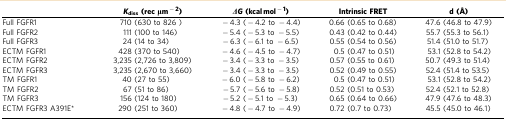
<table><thead><tr><td><b> </b></td><td><b><i>K</i><sub>diss</sub>(rec μm<sup>−2</sup>)</b></td><td><b><i>ΔG</i>(kcal mol<sup>−1</sup>)</b></td><td><b>Intrinsic FRET</b></td><td><b>d (Å)</b></td></tr></thead><tbody><tr><td>Full FGFR1</td><td>710 (630 to 826)</td><td>−4.3 (−4.2 to −4.4)</td><td>0.66 (0.65 to 0.68)</td><td>47.6 (46.8 to 47.9)</td></tr><tr><td>Full FGFR2</td><td>111 (100 to 146)</td><td>−5.4 (−5.3 to −5.5)</td><td>0.43 (0.42 to 0.44)</td><td>55.7 (55.3 to 56.1)</td></tr><tr><td>Full FGFR3</td><td>24 (14 to 34)</td><td>−6.3 (−6.1 to −6.5)</td><td>0.55 (0.54 to 0.56)</td><td>51.4 (51.0 to 51.7)</td></tr><tr><td>ECTM FGFR1</td><td>428 (370 to 540)</td><td>−4.6 (−4.5 to −4.7)</td><td>0.5 (0.47 to 0.51)</td><td>53.1 (52.8 to 54.2)</td></tr><tr><td>ECTM FGFR2</td><td>3,235 (2,726 to 3,809)</td><td>−3.4 (−3.3 to −3.5)</td><td>0.57 (0.55 to 0.61)</td><td>50.7 (49.3 to 51.4)</td></tr><tr><td>ECTM FGFR3</td><td>3,235 (2,670 to 3,660)</td><td>−3.4 (−3.3 to −3.5)</td><td>0.52 (0.49 to 0.55)</td><td>52.4 (51.4 to 53.5)</td></tr><tr><td>TM FGFR1</td><td>40 (27 to 55)</td><td>−6.0 (−5.8 to −6.2)</td><td>0.5 (0.47 to 0.51)</td><td>53.1 (52.8 to 54.2)</td></tr><tr><td>TM FGFR2</td><td>67 (51 to 86)</td><td>−5.7 (−5.6 to −5.8)</td><td>0.52 (0.51 to 0.53)</td><td>52.4 (52.1 to 52.8)</td></tr><tr><td>TM FGFR3</td><td>156 (124 to 180)</td><td>−5.2 (−5.1 to −5.3)</td><td>0.65 (0.64 to 0.66)</td><td>47.9 (47.6 to 48.3)</td></tr><tr><td>ECTM FGFR3 A391E*</td><td>290 (251 to 360)</td><td>−4.8 (−4.7 to −4.9)</td><td>0.72 (0.7 to 0.73)</td><td>45.5 (45.0 to 46.1)</td></tr></tbody></table>